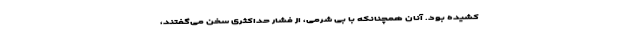
کشیده بود. آنان همچنانکه با بی شرمی، از فشار حداکثری سخن می‌گفتند،